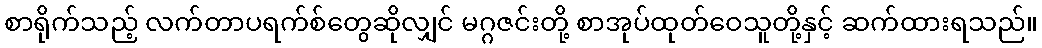
စာရိုက်သည့် လက်တာပရက်စ်တွေဆိုလျှင် မဂ္ဂဇင်းတို့ စာအုပ်ထုတ်ဝေသူတို့နှင့် ဆက်ထားရသည်။